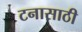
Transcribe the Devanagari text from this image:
टनासाठी